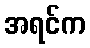
အရင်က